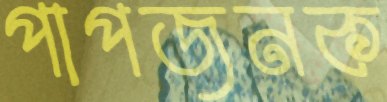
পাপজনক